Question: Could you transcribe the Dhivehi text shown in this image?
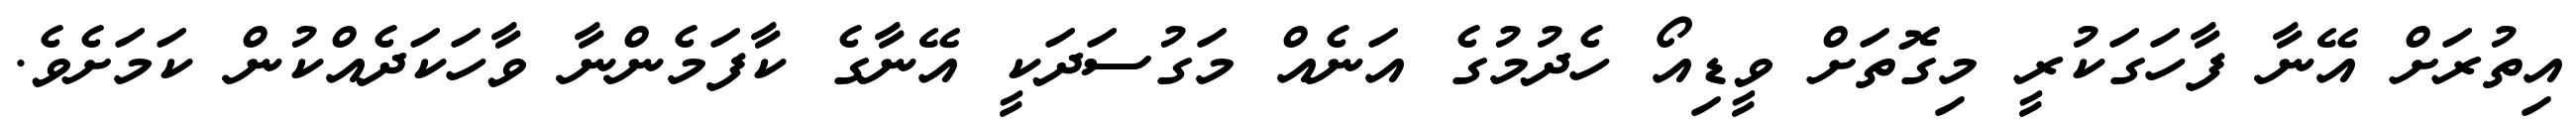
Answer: އިތުރަށް އޭނާ ފާހަގަކުރީ މިގޮތަށް ވީޑިއޯ ހެދުމުގެ އަނެއް މަގުސަދަކީ އޭނާގެ ކާފަމެންނާ ވާހަކަދެއްކުން ކަމަށެވެ.